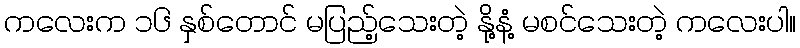
ကလေးက ၁၆ နှစ်တောင် မပြည့်သေးတဲ့ နို့နံ့ မစင်သေးတဲ့ ကလေးပါ။